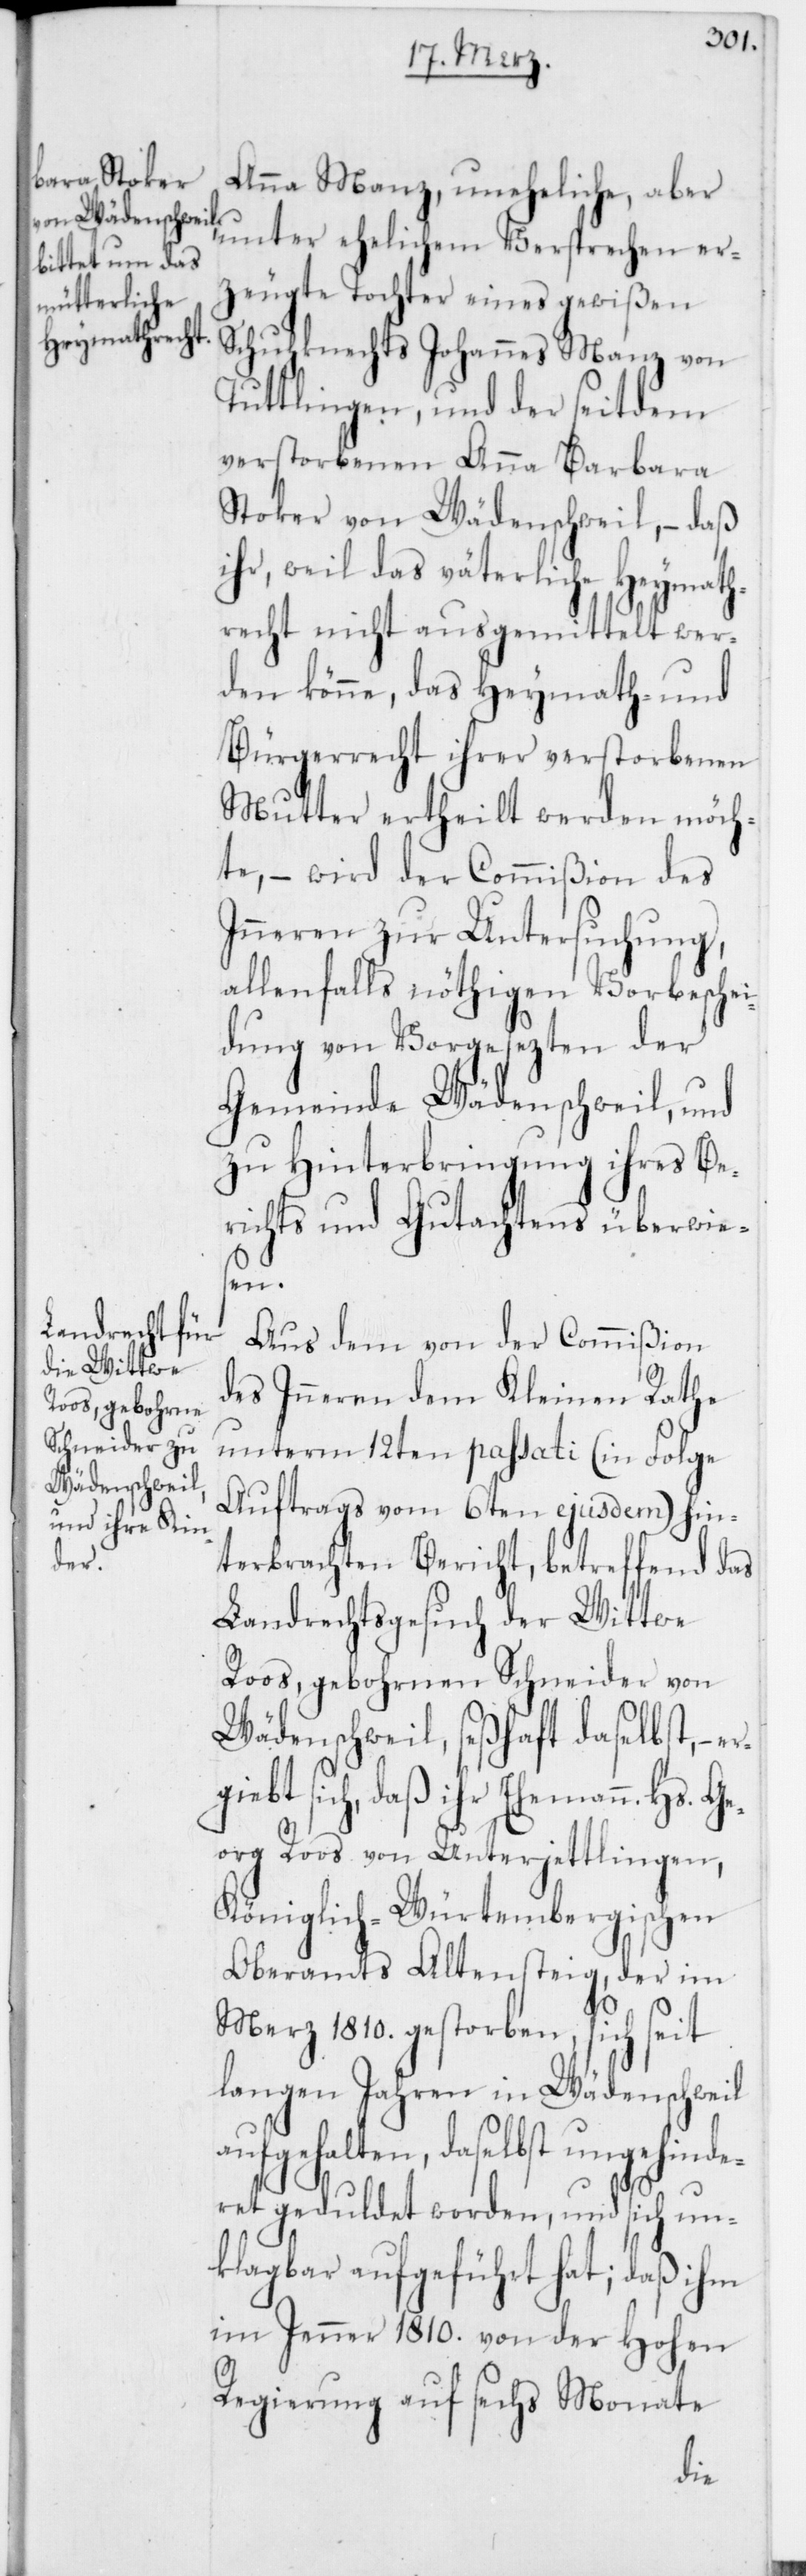
er¬

Anna Manz, uneheliche aber
unter ehelichem Versprechen er¬
zeugte Tochter eines gewißen
Schuhknechts Johannes Manz von
Tuttlingen, und der seitdem
verstorbenen Anna Barbara
Stoker von Wädenschweil, – daß
ihr, weil das väterliche Heymath¬
recht nicht ausgemittelt wer¬
den könne, das Heymath- und
Bürgerrecht ihrer verstorbenen
Mutter ertheilt werden möch¬
te, – wird der Commißion des
Inneren zur Untersuchung,
allenfalls nöthigen Vorbesche¬
idung von Vorgesezten der
Gemeinde Wädenschweil, und
zu Hinterbringung ihres Be¬
richts und Gutachtens überwie¬
sen.
Aus dem von der Commißion
des Inneren dem Kleinen Rathe
unterm 12ten passati (in Folge
Auftrags vom 6ten ejusdem) hin¬
terbrachten Bericht, betreffend das
Landrechtsgesuch der Wittwe
Roos, gebohrnen Schneider von
Wädenschweil, seßhaft daselbst, –
giebt sich, daß ihr Ehemannn Hs.
Georg Roos von Unterjettlingen,
Königlich-Würtembergischen
Oberamts Altensteig, der im
Merz 1810. gestorben, sich seit
langen Jahren in Wädenschweil
aufgehalten, daselbst ungehinde¬
ret geduldet worden, und sich un¬
klagbar aufgeführt hat; daß ihm
im Jenner 1810. von der Hohen
Regierung auf sechs Monate